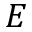
E